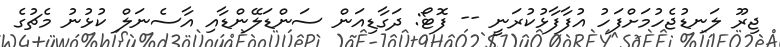
ޖިރޫ ލަނޑުޖެހުމަށްފަހު އުފާފާޅުކުރަނީ -- ފޮޓޯ: ދަގާޑިއަން ސަންޑަލޭންޑާއި އާސެނަލް ކުޅުނު މެޗުގެ